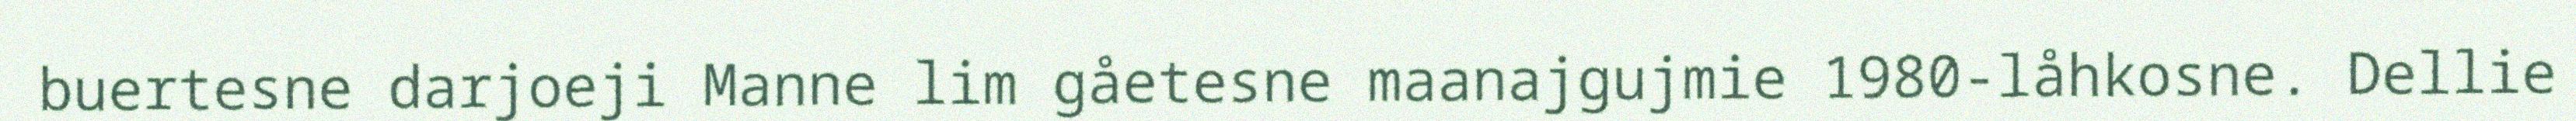
buertesne darjoeji Manne lim gåetesne maanajgujmie 1980-låhkosne. Dellie